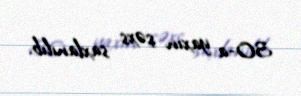
30-a yaxın şəxs saxlanılıb.